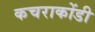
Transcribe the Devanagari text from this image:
कचराकोंडी